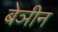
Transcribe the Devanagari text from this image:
बेञीन